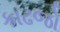
કાઢજો